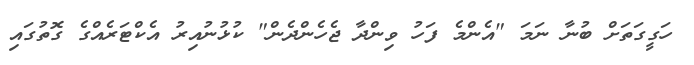
ހަގީގަތަށް ބުނާ ނަމަ "އެންމެ ފަހު ވިންދާ ޖެހެންދެން" ކުޅުނުއިރު އެކްޓަރެއްގެ ގޮތުގައި